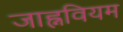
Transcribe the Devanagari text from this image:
जाह्नवियम